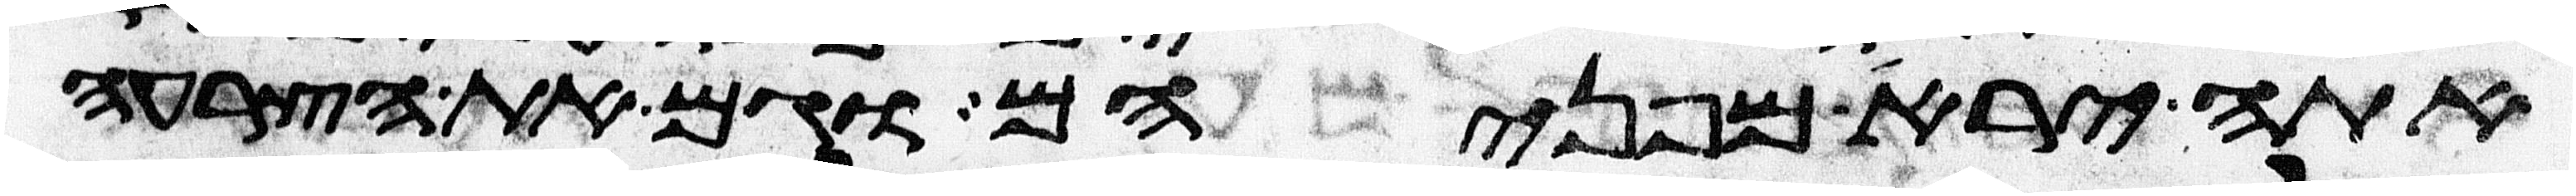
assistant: אתה ירא מפניהם וגם את הצרעה